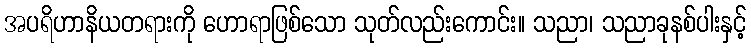
အပရိဟာနိယတရားကို ဟောရာဖြစ်သော သုတ်လည်းကောင်း။ သညာ၊ သညာခုနစ်ပါးနှင့်